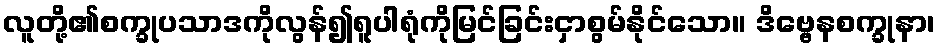
လူတို့၏စက္ခုပသာဒကိုလွန်၍ရူပါရုံကိုမြင်ခြင်းငှာစွမ်နိုင်သော။ ဒိဗ္ဗေနစက္ခုနာ၊